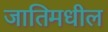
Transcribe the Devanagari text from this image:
जातिमधील